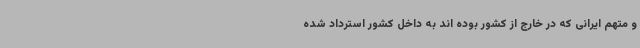
و متهم ایرانی که در خارج از کشور بوده اند به داخل کشور استرداد شده